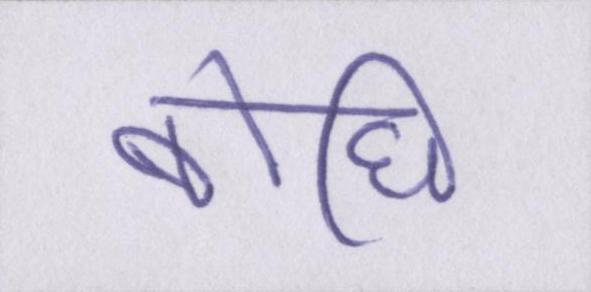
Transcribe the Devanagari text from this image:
बोधि